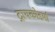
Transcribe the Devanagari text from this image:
ट्रायकोडर्मा